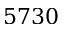
5 7 3 0